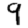
Digit: 9